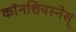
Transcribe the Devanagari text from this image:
काॅनशियस्नेस्